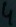
Text: 4